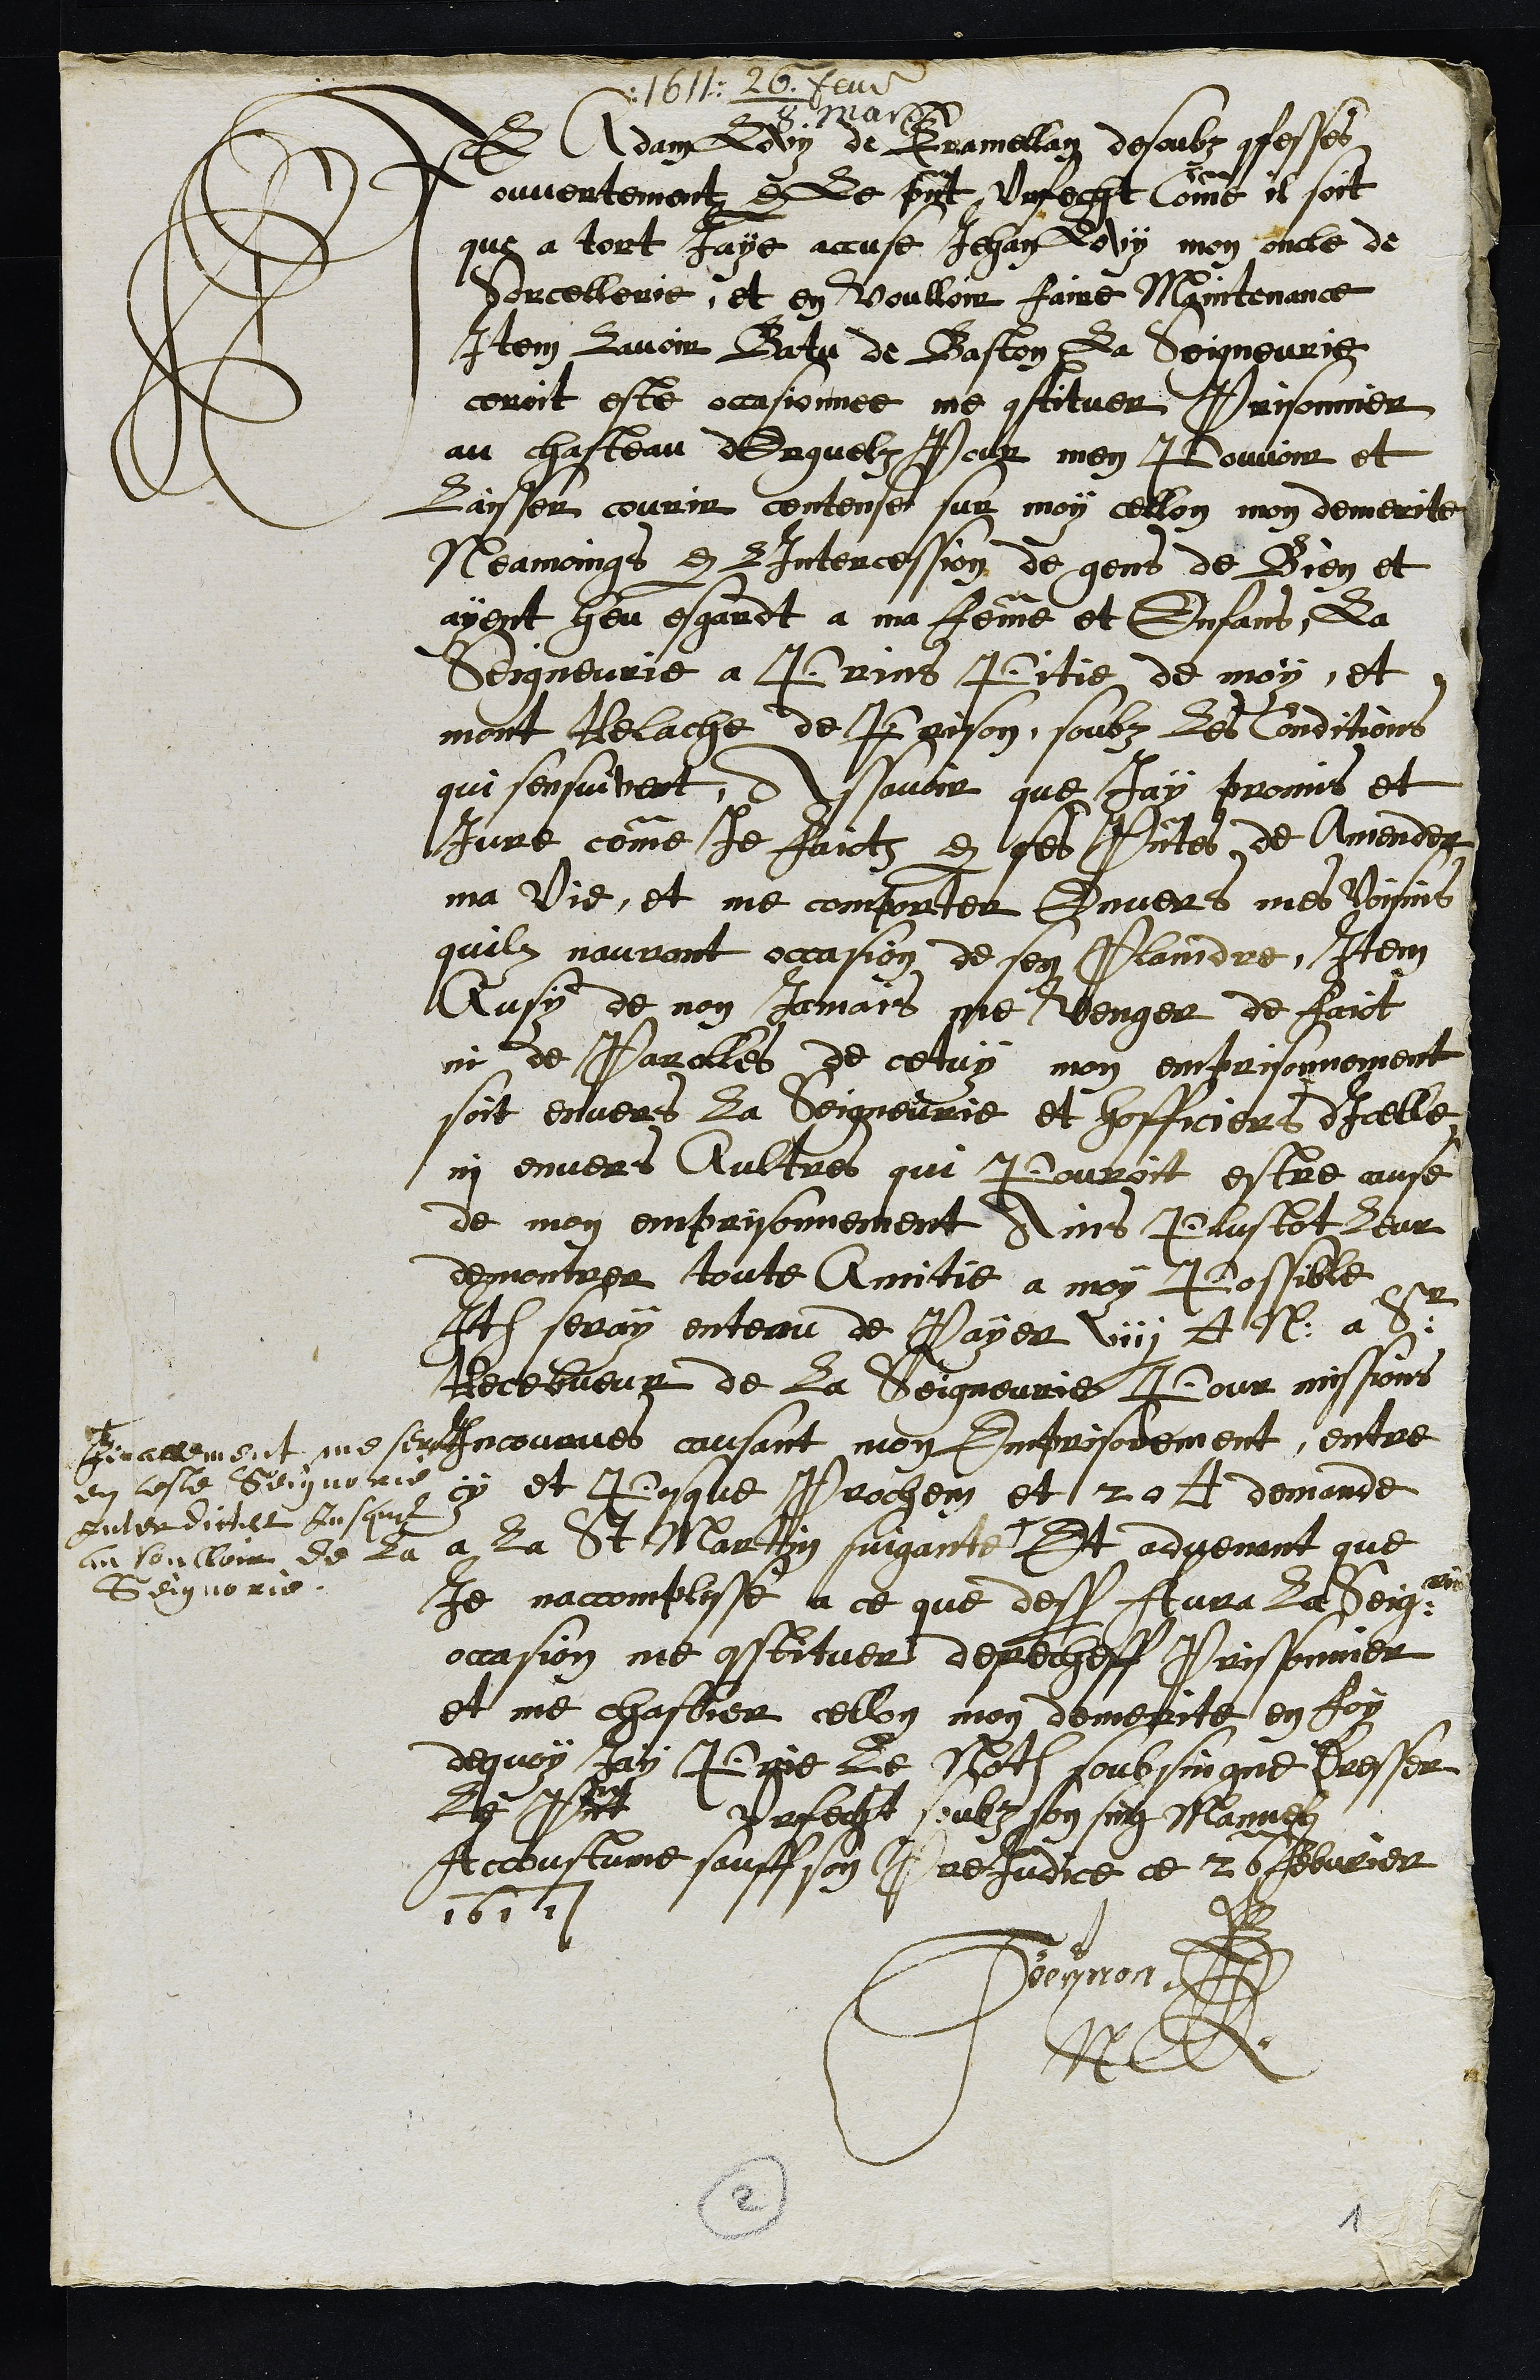
1611. 26. fev / 8 mars
Je Adam Lovy de Tramellan desoubz confesses
ouvertement par le present Vrfecht comme il soit
que a tort Jaye accuse Jehan Lovy mon oncle de
Sorcellerie, et en voulloir faire Maintenance
Item lavoir Batu de Baston La Seigneurie
ceroit este occasionnee me constituer Prisonnier
au chasteau dErguelz Pour men Pouvoir et
Laisser courir centense sur moy cellon mon demerite
Neamoings par lIntercession de gens de Bien et
ayent heu esgardt a ma femme et Enfans, La
Seigneurie a Prins Pitie de moy, et
mont Relache de Prison, soubz les Conditions
qui sensuivent, Assavoir que Jay promis et
Jure comme je faictz par ses presentes de Amender
ma vie, et me comporter Envers mes voisins
quilz nauront occasion de sen Plaindre. Item
Ausy de non Jamais me venger de faict
ni de Parolles de cetuy mon emprisonnement
soit envers la Seigneurie et hofficiers dIcelle
ni envers Aultres qui Pouroit estre cause
de mon emprisonnement Ains Plustot Leur
demontrer toute Amitie a moy Possible
Item seray entenu de Payer viii couronnes N: a Sr
Recebveur de la Seigneurie, Pour missions
Incovaues causant mon Emprisonement, entre
cy et Pasque Prochein et 20 couronnes demande
a la St Martin suigante
finallement me serat
en ceste Seignorie
Interdict Jusque
au voulloir de la
Seignorie
Et advenant que
je naccomplisse a ce que dessus Aura la Seigie
occasion me constituer derecheff Prissonnier
et me chastier cellon mon demerite en foy
dequoy Jay Prie Le Notaire soubsingne dresser
le Present Vrfecht soubz son sing Manuel
Accoustume sauff son Prejudice ce 26  Febvrier
1611
Beynon
N
2
1